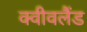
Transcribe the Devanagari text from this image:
क्वीवलैंड